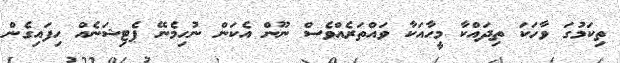
ތިކަމުގަ ވާހަކަ ތިދައްކާ މީހާއަކާ ވައްތަރެއްވެސް ނޫން އެކަން ނުހިމެނޭ ޕެޓިޝަނެއް ހިފައިގެން